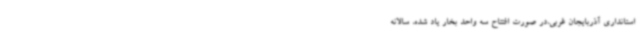
استانداری آذربایجان غربی،در صورت افتتاح سه واحد بخار یاد شده، سالانه